Civil Veterinary Dept. Assam report 1927-50 - 1927-1950
Year: 1927
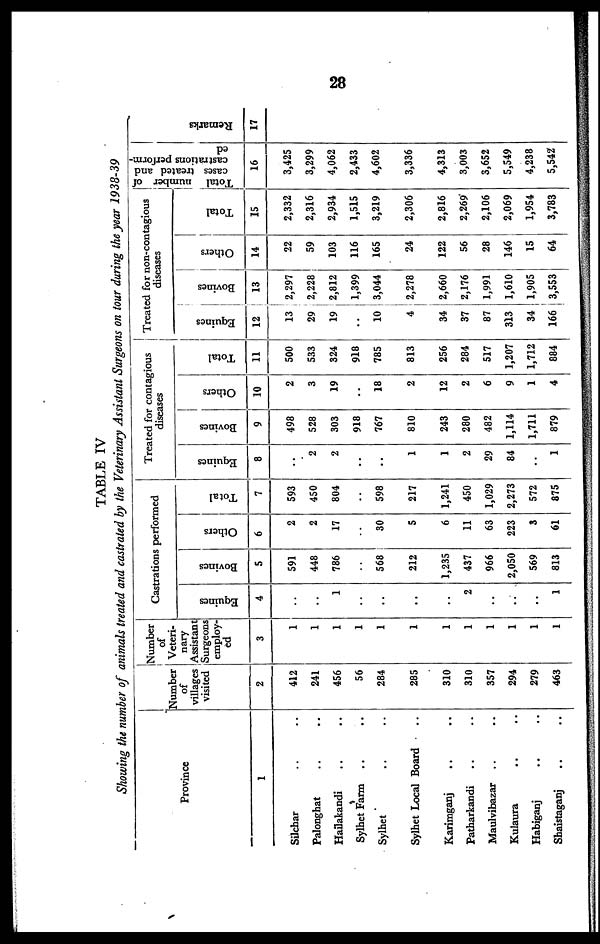
28
TABLE IV
Showing the number of animals treated and castrated by the Veterinary Assistant Surgeons on tour during the year 1938-39
Province
1
Silchar .. ..
Palonghat .. ..
Hailakandi .. ..
Sylhet Farm .. ..
Sylhet .. ..
Sylhet Local Board ..
Karimganj .. ..
Patharkandi .. ..
Maulvibazar .. ..
Kulaura .. ..
Habiganj .. ..
Shaistaganj .. ..
Number
of
villages
visited
2
412
241
456
56
284
285
310
310
357
294
279
463
Number
of
Veteri-
nary
Assistant
Surgeons
employ-
ed
3
1
1
1
1
1
1
1
1
1
1
1
1
Castrations performed
Equi nes
4
..
..
1
..
..
..
2
..
..
..
1
Bovi ne s
5
591
448
786
..
568
212
1,235
437
966
2,050
569
813
Ot her s
6
2
2
17
..
30
5
6
11
63
223
3
61
Tot al
7
593
450
804
..
598
217
1,241
450
1,029
2,273
572
875
Treated for contagious
diseases
Equi nes
8
..
2
2
..
..
1
1
2
29
84
..
1
Bovi ne s
9
498
528
303
918
767
810
243
280
482
1,114
1,711
879
Ot her s
10
2
3
19
..
18
2
12
2
6
9
1
4
Tot al
11
500
533
324
918
785
813
256
284
517
1,207
1,712
884
Treated for non-contagious
diseases
Equines
12
13
29
19
..
10
4
34
37
87
313
34
166
Bovi ne s
13
2,297
2,228
2,812
1,399
3,044
2,278
2,660
2,176
1,991
1,610
1,905
3,553
Ot her s
14
22
59
103
116
165
24
122
56
28
146
15
64
Tot al
15
2,332
2,316
2,934
1,515
3,219
2,306
2,816
2,269
2,106
2,069
1,954
3,783
Total number of
cases treated and
castrations perform-
ed
16
3,425
3,299
4,062
2,433
4,602
3,336
4,313
3,003
3,652
5,549
4,238
5,542
Remarks
17